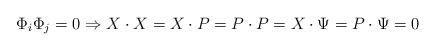
LaTeX: \begin{align*}\Phi _{i}\Phi _{j}=0\Rightarrow X\cdot X=X\cdot P=P\cdot P=X\cdot \Psi=P\cdot \Psi =0\end{align*}